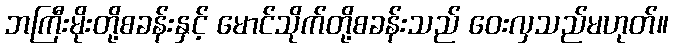
ဘကြီးမိုးတို့စခန်းနှင့် မောင်သိုက်တို့စခန်းသည် ဝေးလှသည်မဟုတ်။